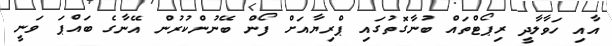
އާއި ހަވާލާދީ ރިޕޯޓްތައް ބުނާގޮތުގައި ޕްރިޔާއަށް ފޯން ބޭނުންކުރުން އޭނާގެ ބައްޕަ ވަނީ